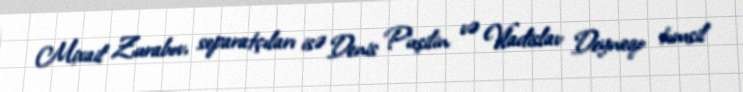
Mixail Zurabov, separatçıları isə Denis Puşilin və Vladislav Deyneqo tımsil